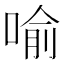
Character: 喻